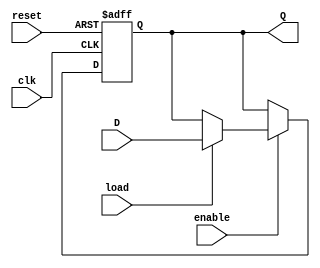
module ControlRegister (
    input wire clk,           // Clock signal
    input wire reset,         // Reset signal
    input wire load,          // Load signal
    input wire enable,        // Enable signal
    input wire [3:0] D,      // Data input (4-bit)
    output reg [3:0] Q        // Output (4-bit)
);

    // Sequential logic for the control register
    always @(posedge clk or posedge reset) begin
        if (reset) begin
            Q <= 4'b0000;     // Reset the register to 0
        end else if (enable) begin
            if (load) begin
                Q <= D;       // Load the input data into the register
            end
            // If enable is high but load is low, retain the current value
        end
    end

endmodule